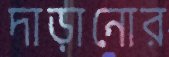
দাড়ানোর